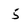
Character: 5